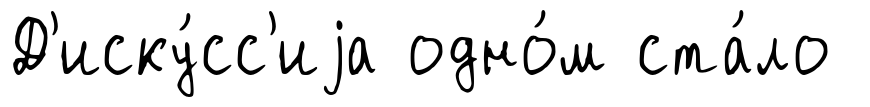
Д'иску́сс'иjа одно́м ста́ло